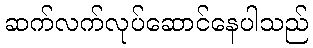
ဆက်လက်လုပ်ဆောင်နေပါသည်